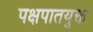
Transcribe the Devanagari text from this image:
पक्षपातयुक्त